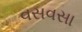
વસવસા